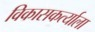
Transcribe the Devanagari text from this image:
विकासकर्त्याला